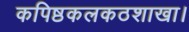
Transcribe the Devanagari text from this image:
कपिष्ठकलकठशाखा।